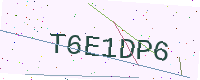
Text: T6E1DP6